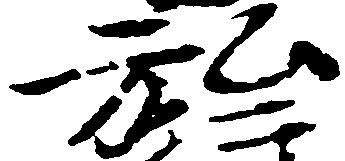
弘